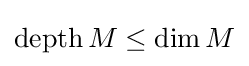
\operatorname {depth} M\leq \dim M